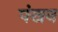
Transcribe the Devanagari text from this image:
पंखन